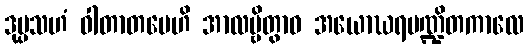
ဒုပ္ပသဟံ ဝါတာတပေဟိ အာလမ္ဗိတွာဝ အယောဃရပဏ္ဍိတကာလေ